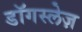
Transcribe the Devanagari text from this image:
डॉगस्लेज़